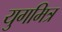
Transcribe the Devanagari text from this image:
युगमित्र